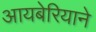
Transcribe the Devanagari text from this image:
आयबेरियाने